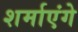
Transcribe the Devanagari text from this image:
शर्माएंगे